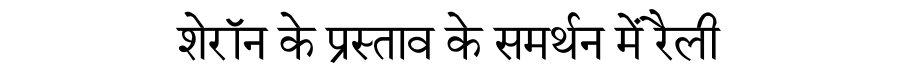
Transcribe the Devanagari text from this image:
शेरॉन के प्रस्ताव के समर्थन में रैली